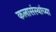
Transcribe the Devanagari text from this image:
कलासंस्थांच्या